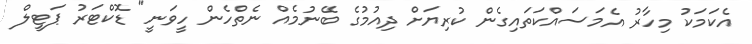
އެކަމަކު މިހާރު އެމަސައްކަތައިގެން ކުރިޔަށް ދިއުމުގެ ބޭނުމެއް ނެތްހެން ހީވަނީ" ޑޮކްޓަރު ޕަޓީލް